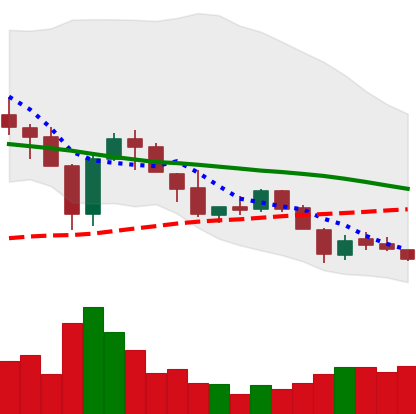
Ticker: XLM-USD
Chart end date: 2018-05-27
Forward return: 4.9375%
Label: up_3_5